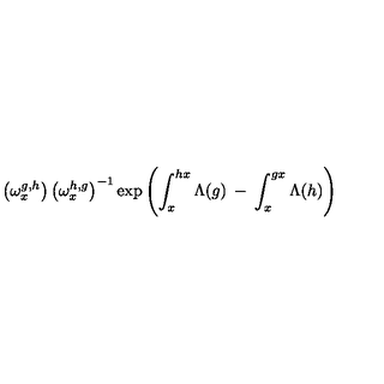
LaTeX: \left( \omega _ { x } ^ { g , h } \right) \left( \omega _ { x } ^ { h , g } \right) ^ { - 1 } \exp \left( \int _ { x } ^ { h x } \Lambda ( g ) \: - \: \int _ { x } ^ { g x } \Lambda ( h ) \right)